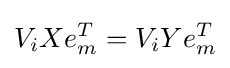
V_{i}Xe_{m}^{T}=V_{i}Ye_{m}^{T}